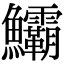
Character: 𩽷